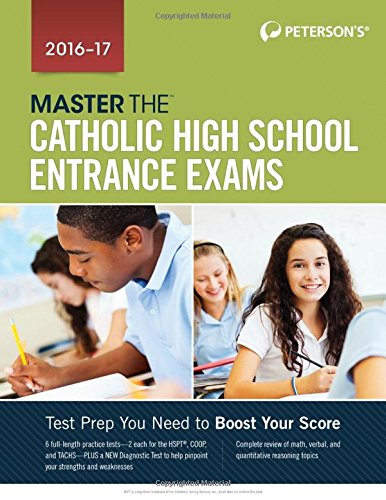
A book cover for Master the Catholic High School Entrance Exams 2016-2017; Peterson's; Test Preparation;